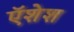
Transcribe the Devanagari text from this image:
ऍशेश